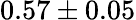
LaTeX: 0.57\pm 0.05